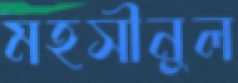
মহসীনুল